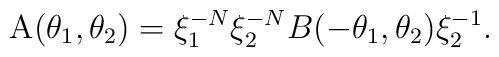
{\rm A}(\theta _{1},\theta _{2})=\xi _{1}^{-N}\xi _{2}^{-N}B(-\theta_{1},\theta _{2})\xi _{2}^{-1}.